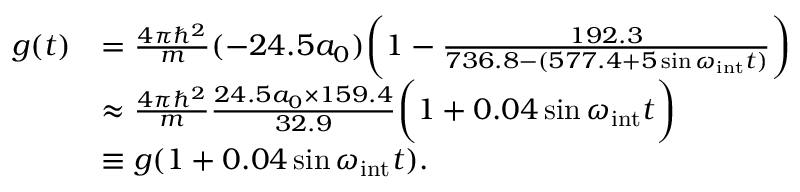
\begin{array} { r l } { g ( t ) } & { = \frac { 4 \pi \hbar ^ { 2 } } { m } ( - 2 4 . 5 a _ { 0 } ) \bigg ( 1 - \frac { 1 9 2 . 3 } { 7 3 6 . 8 - ( 5 7 7 . 4 + 5 \sin \omega _ { \mathrm { i n t } } t ) } \bigg ) } \\ & { \approx \frac { 4 \pi \hbar ^ { 2 } } { m } \frac { 2 4 . 5 a _ { 0 } \times 1 5 9 . 4 } { 3 2 . 9 } \bigg ( 1 + 0 . 0 4 \sin \omega _ { \mathrm { i n t } } t \bigg ) } \\ & { \equiv g ( 1 + 0 . 0 4 \sin \omega _ { \mathrm { i n t } } t ) . } \end{array}